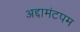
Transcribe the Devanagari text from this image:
अद्दामंटपम